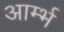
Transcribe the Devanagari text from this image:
आर्म्भ